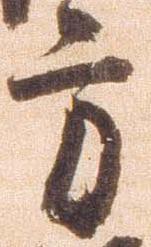
方